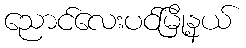
ညောင်လေးပင်မြို့နယ်